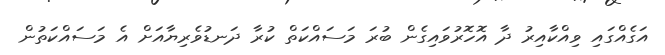
އަގެއްގައި ވިއްކާއިރު ދާ އޮހޮރުވައިގެން ބުރަ މަސައްކަތް ކުރާ ދަނޑުވެރިޔާއަށް އެ މަސައްކަތުން